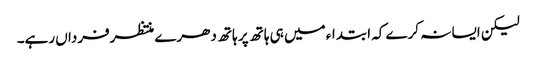
لیکن ایسا نہ کرے کہ ابتداء میں ہی ہاتھ پر ہاتھ دھرے منتظرفرداں رہے۔